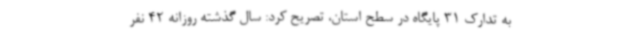
به تدارک 31 پایگاه در سطح استان، تصریح کرد: سال گذشته روزانه 42 نفر